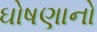
ઘોષણાનો